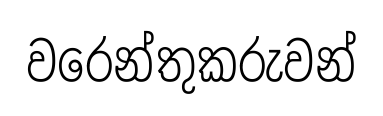
වරෙන්තුකරුවන්